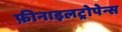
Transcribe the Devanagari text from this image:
फ़ीनाइलट्रोपेन्स